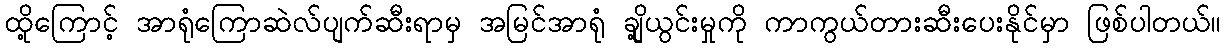
ထို့ကြောင့် အာရုံကြောဆဲလ်ပျက်ဆီးရာမှ အမြင်အာရုံ ချို့ယွင်းမှုကို ကာကွယ်တားဆီးပေးနိုင်မှာ ဖြစ်ပါတယ်။